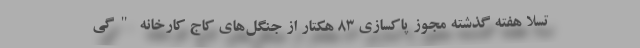
تسلا هفته گذشته مجوز پاکسازی 83 هکتار از جنگل‌های کاج کارخانه "گی